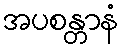
အပစန္တာနံ